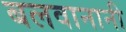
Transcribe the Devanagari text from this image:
बलवानानी